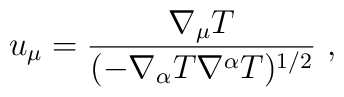
u_{\mu }=\frac{\nabla_{\mu} T}{ (- \nabla_{\alpha}T \nabla^{\alpha}T)^{1/2}} \ ,